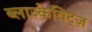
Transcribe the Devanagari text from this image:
ब्लाज़्केविट्ज़